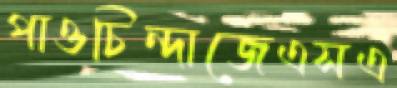
পাওচিন্দাজেএসএ